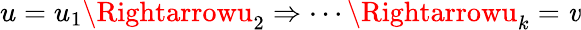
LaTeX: u=u_{1}\Rightarrowu_{2}\Rightarrow\cdots\Rightarrowu_{k}=\mathit{v}